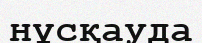
нұсқауда